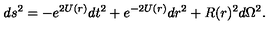
d s ^ { 2 } = - e ^ { 2 U ( r ) } d t ^ { 2 } + e ^ { - 2 U ( r ) } d r ^ { 2 } + R ( r ) ^ { 2 } d \Omega ^ { 2 } .